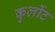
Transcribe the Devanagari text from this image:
कुर्लोट